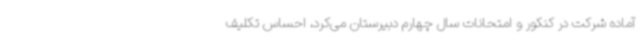
آماده شرکت در کنکور و امتحانات سال چهارم دبیرستان می‌کرد، احساس تکلیف